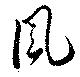
風